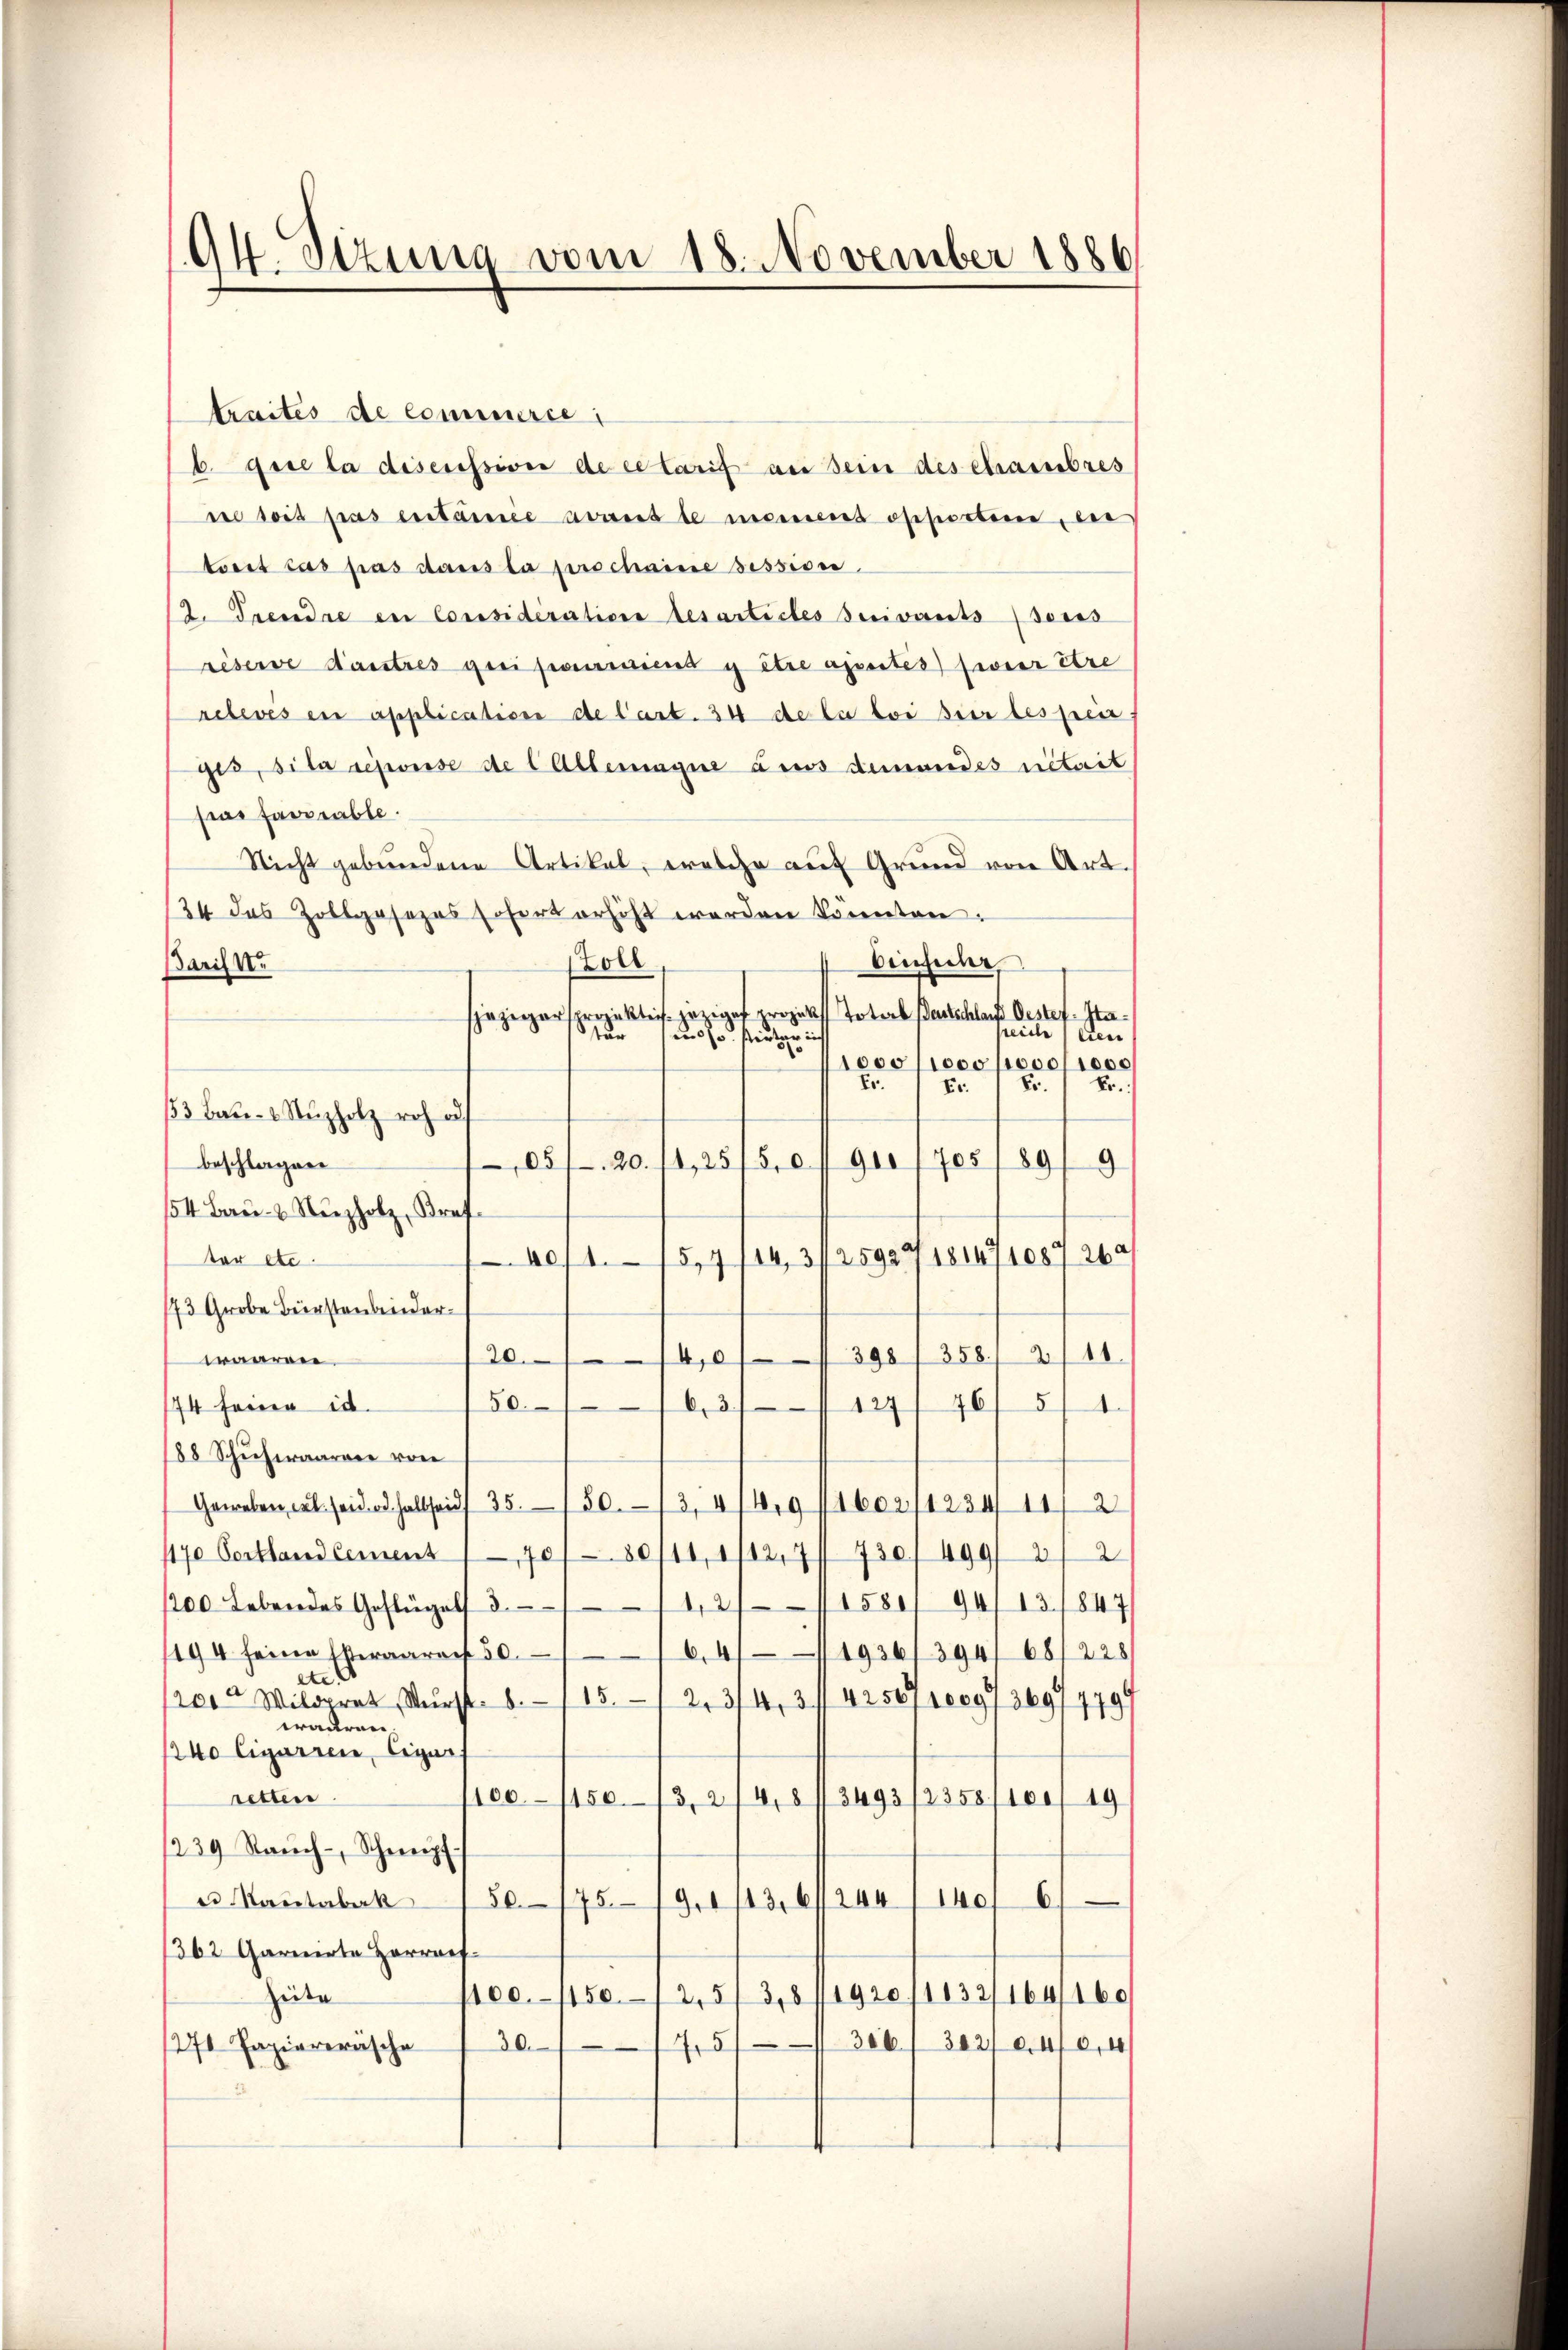
94. Sezung vom 18. November 1886

traites de commerie
b. die la diserissive de cetarif an sein des chambres
ne soit pas entamie avant le monieres ossierteme, ei
torit cas pas dans la perschaine session
2. Trendre in Considération desarticles suivants seies
réserve danstres qui pourraient y être apertes) siner Ere
relevés en application de l’art. 34 de la loi sur les preis
gis, sita reponse de l Allemagne aus demandes nitrit
por favorable.
Nicht gebundene Artikel, welche auf Grund von Art.
24 des Zollgasezes sofort erhöht werden konnten.
Ainsicher
Zoll
Paris k.
spazigarsprojektich jeziges projekt Toter Bartschlach Oester. Statur
seideten
und so wirter in
1000/1000,000/1000
Fr.
Fr. 1 Fr.
Fr.
13 Bau- u. Nŭzholz roh ad
beschlagen
081. 20. 14,25/50. fl 910 1708/89/9
54 Bau- & Nuzholz, Brefter etc.
4074. 75, 7 144, 31. 25923/ 181471087 260
173 Grobe Bürstenbei der
20/410 ff. 398 f. 358. 211.
waaren.
50.
174 feine id.
1271 76/ 574.
88 Schuhwaarere von
Geweben, was seinhaltseid 35. 503, 414,9 11602/1234/ 11/2
1170 Cortland Cemens 170
80/11, 112,91 730/490/22
1200. Lebendes Geflügel 311, 2115801 94/13/847/
194 seine Veraarach 50.
6,411936/394/ 68/228
ete
/20. Wildprat, Wurst 8. 15. 12,3/4, 31 425071009736977799
wadra
1240 Cigarrer, Cigar
retten
100–150.
3, 2/4,8/3493 /2358/100/19
1239 Raŭch-, Schweipf
e Kautabak 150. 175. 19. 1113,67244/140f 61
362 Garnirte Harraef¬
Zeite
2,5/ 3,8/1920/1132/164/16
ec. 1150.
306/ 302/04/0,4
30.
1271 Papiereräsche
45